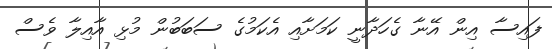
ފައިސާ އިން އޭނާ ގެހަދާނީ ކަމަށާއި އެކަމުގެ ސަބަބުން މުޅި އާއިލާ ވެސް